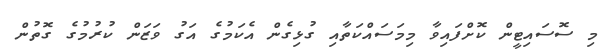
މި ސޮސައިޓީން ކޮށްފައިވާ މިމަސައްކަތާއި ގުޅިގެން އެކަމުގެ އަގު ވަޒަން ކުރުމުގެ ގޮތުން